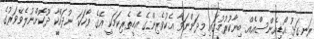
ރަނގަޅު އޯޑިއެންސްއެއް ބިނާކުރުމުގައި މިދަންނަވާ އެކުވެރިންގެ އެހީތެރިކަމަކީ އޭގެ ވާހަކަ ނުދައްކާ ދޫކޮށްނުލެވޭވަރުގެ